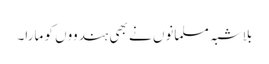
بلاشبہ مسلمانوں نے بھی ہندووں کو مارا۔